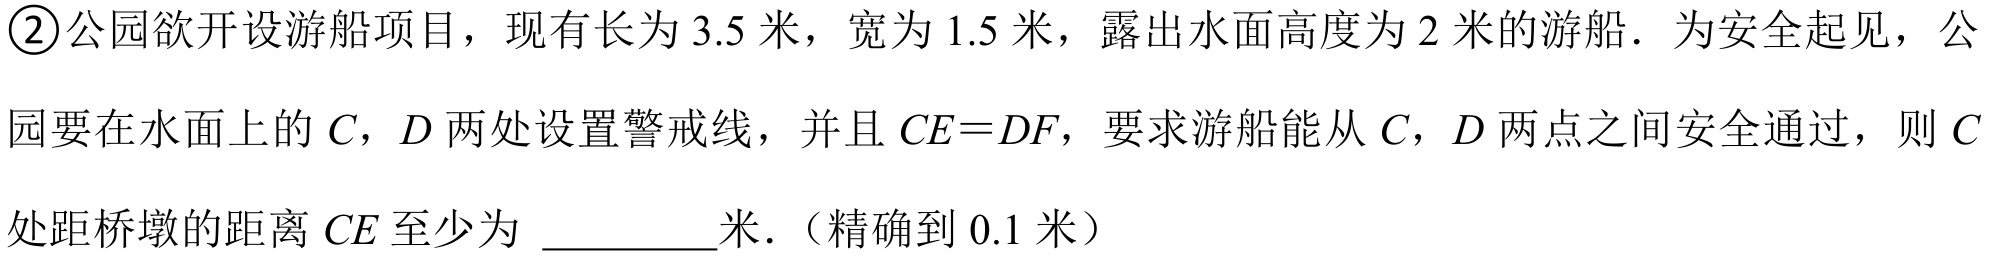
\textcircled{2}公园欲开设游船项目，现有长为\(3.5\)米，宽为\(1.5\)米，露出水面高度为\(2\)米的游船．为安全起见，公园要在水面上的\(C\)，\(D\)两处设置警戒线，并且\(CE = DF\)，要求游船能从\(C\)，\(D\)两点之间安全通过，则\(C\)处距桥墩的距离\(CE\)至少为 \underline{\qquad}米．（精确到\(0.1\)米）